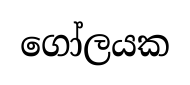
ගෝලයක